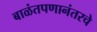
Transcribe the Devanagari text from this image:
बाळंतपणानंतरचे